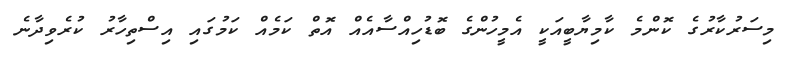
މިސަރުކާރުގެ ކޮންމެ ކާމިޔާބީއަކީ އެމީހުންގެ ބޮޑުހިއްސާއެއް އޮތް ކަމެއް ކަމުގައި އިސްތިހާރު ކުރެވިދާނެ